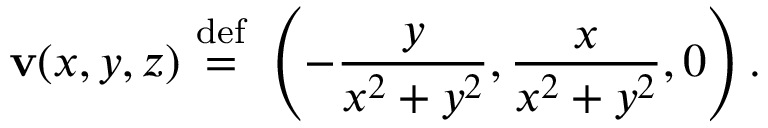
\mathbf { v } ( x , y , z ) ~ { \stackrel { \mathrm { d e f } } { = } } ~ \left( - { \frac { y } { x ^ { 2 } + y ^ { 2 } } } , { \frac { x } { x ^ { 2 } + y ^ { 2 } } } , 0 \right) .